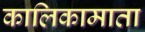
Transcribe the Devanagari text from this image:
कालिकामाता